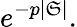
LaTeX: e^{-p|\mathfrak{S}|}.